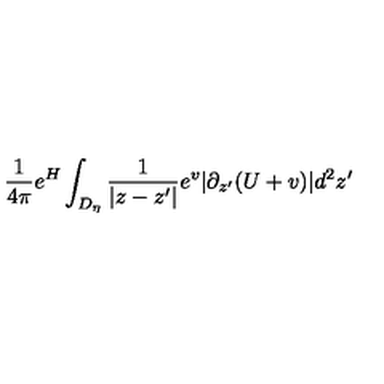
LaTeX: \frac { 1 } { 4 \pi } e ^ { H } \int _ { D _ { \eta } } \frac { 1 } { | z - z ^ { \prime } | } e ^ { v } | \partial _ { z ^ { \prime } } ( U + v ) | d ^ { 2 } z ^ { \prime }